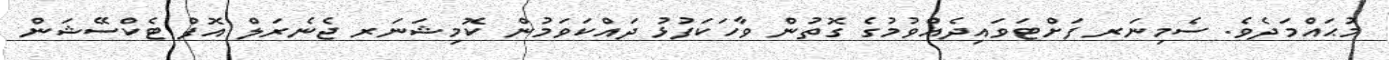
މުޙައްމަދެވެ. ސެމިނަރ ފަށްޓަވައިދެއްވުމުގެ ގޮތުން ވާހަކަފުޅު ދައްކަވަމުން ކޮމިޝަނަރ ޖެނެރަލް އޮފް ޓެކްސޭޝަން